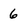
Character: 6